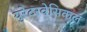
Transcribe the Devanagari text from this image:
युरेटरवेसिकल